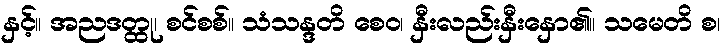
နှင့်။ အညဒတ္ထု၊ စင်စစ်။ သံသန္ဒတိ စေဝ၊ နှီးလည်းနှီးနှော၏။ သမေတိ စ၊